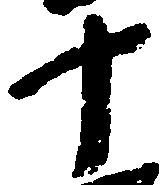
十